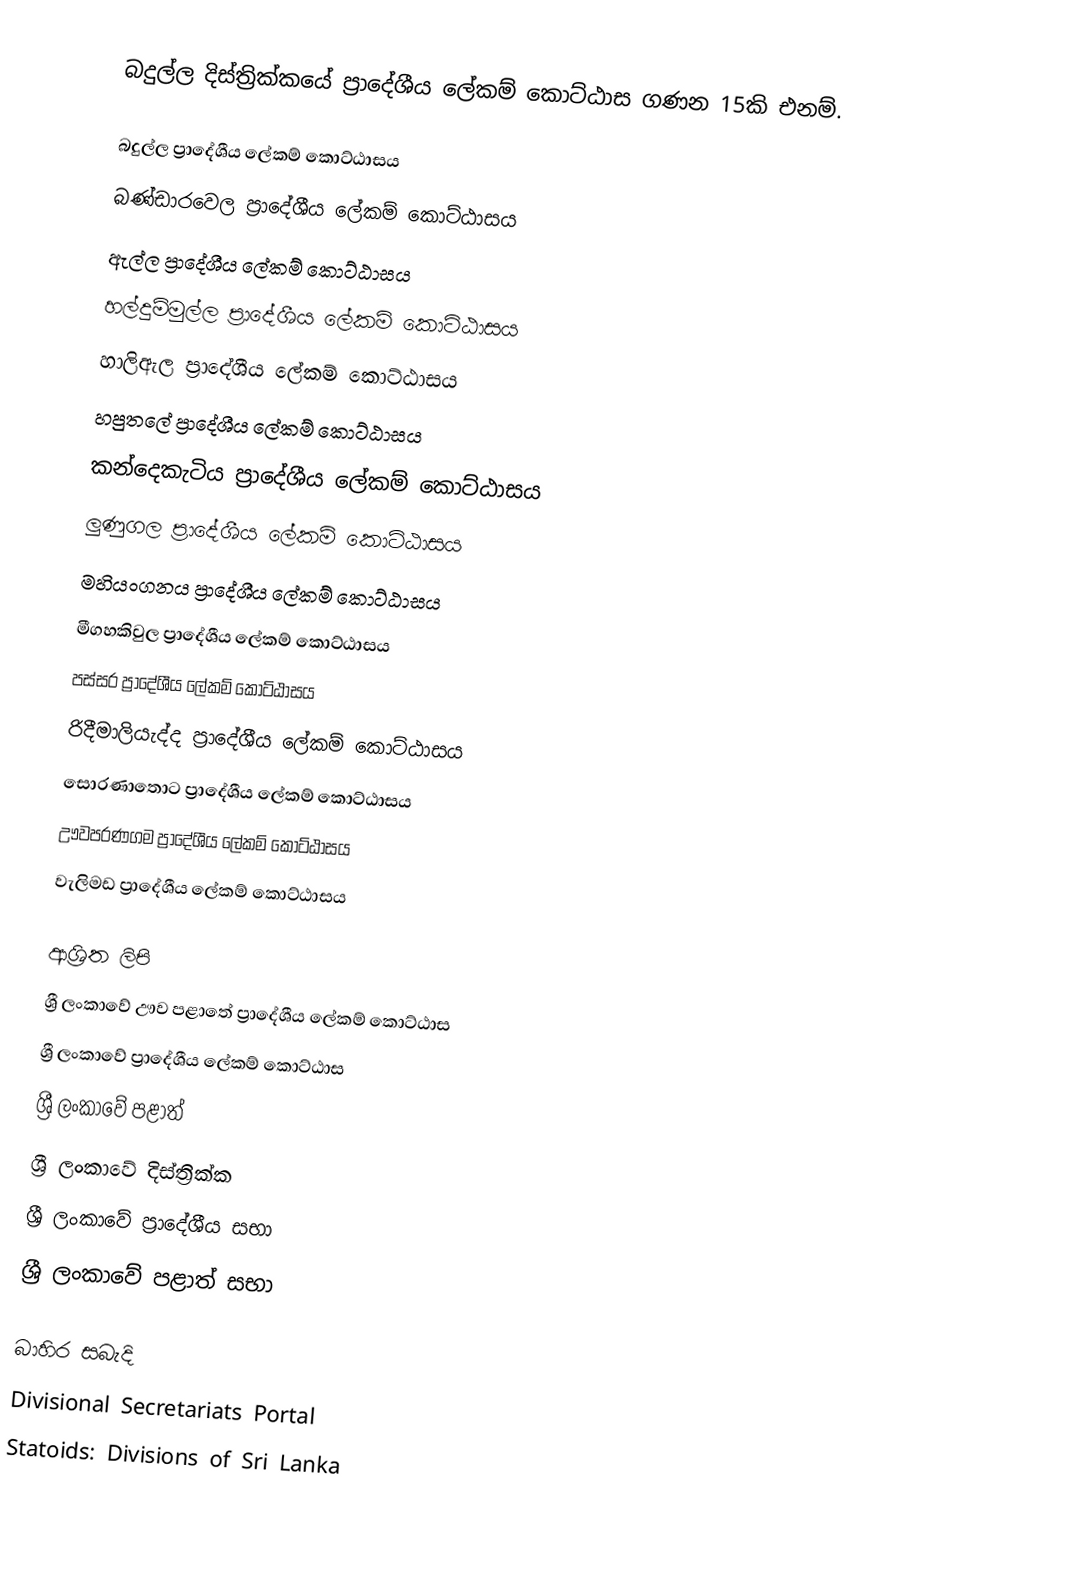
බදුල්ල දිස්ත්‍රික්කයේ ප්‍රාදේශීය ලේකම් කොට්ඨාස ගණන 15කි එනම්.

 බදුල්ල ප්‍රාදේශීය ලේකම් කොට්ඨාසය
 බණ්ඩාරවෙල ප්‍රාදේශීය ලේකම් කොට්ඨාසය
 ඇල්ල ප්‍රාදේශීය ලේකම් කොට්ඨාසය
 හල්දුම්මුල්ල ප්‍රාදේශීය ලේකම් කොට්ඨාසය
 හාලිඇල ප්‍රාදේශීය ලේකම් කොට්ඨාසය
 හපුතලේ ප්‍රාදේශීය ලේකම් කොට්ඨාසය
 කන්දෙකැටිය ප්‍රාදේශීය ලේකම් කොට්ඨාසය
 ලුණුගල ප්‍රාදේශීය ලේකම් කොට්ඨාසය
 මහියංගනය ප්‍රාදේශීය ලේකම් කොට්ඨාසය
 මීගහකිවුල ප්‍රාදේශීය ලේකම් කොට්ඨාසය
 පස්සර ප්‍රාදේශීය ලේකම් කොට්ඨාසය
 රිදීමාලියැද්ද ප්‍රාදේශීය ලේකම් කොට්ඨාසය
 සොරණාතොට ප්‍රාදේශීය ලේකම් කොට්ඨාසය
 ඌවපරණගම ප්‍රාදේශීය ලේකම් කොට්ඨාසය
 වැලිමඩ ප්‍රාදේශීය ලේකම් කොට්ඨාසය

ආශ්‍රිත ලිපි
 ශ්‍රී ලංකාවේ ඌව පළාතේ ප්‍රාදේශීය ලේකම් කොට්ඨාස
 ශ්‍රී ලංකාවේ ප්‍රාදේශීය ලේකම් කොට්ඨාස
 ශ්‍රී ලංකාවේ පළාත්
 ශ්‍රී ලංකාවේ දිස්ත්‍රික්ක
 ශ්‍රී ලංකාවේ ප්‍රාදේශීය සභා
 ශ්‍රී ලංකාවේ පළාත් සභා

බාහිර සබැදි
 Divisional Secretariats Portal
 Statoids: Divisions of Sri Lanka